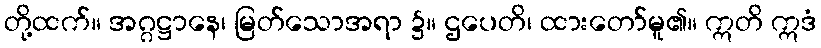
တို့ထက်။ အဂ္ဂဋ္ဌာနေ၊ မြတ်သောအရာ ၌။ ဌပေတိ၊ ထားတော်မူ၏။ ဣတိ ဣဒံ